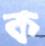
ক